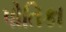
પોતિકા